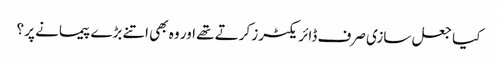
کیا جعل سازی صرف ڈائریکٹرز کرتے تھے اور وہ بھی اتنے بڑے پیمانے پر ؟